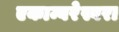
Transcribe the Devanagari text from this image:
एकाम्बरेस्वरा